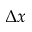
\Delta x